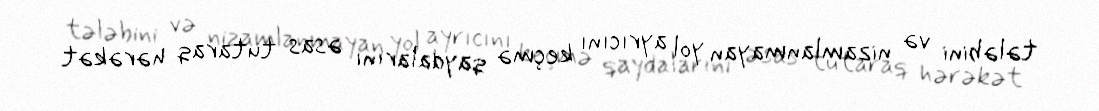
tələbini və nizamlanmayan yol ayrıcını keçmə qaydalarını əsas tutaraq hərəkət